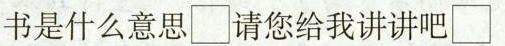
书是什么意思\Box请您给我讲讲吧\Box